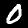
Digit: 0